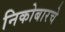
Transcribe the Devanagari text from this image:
निकोबारचे